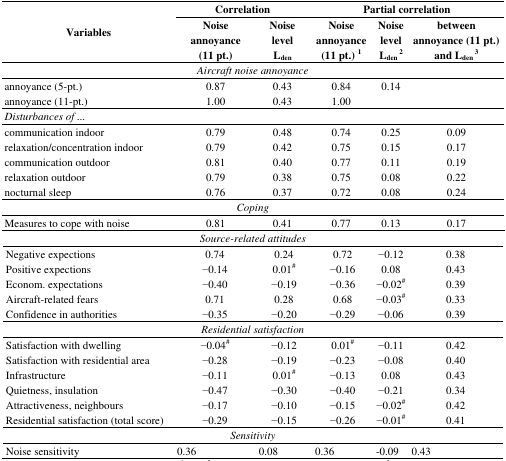
| <ROWSPAN=3> Variables | <COLSPAN=2> Correlation | <COLSPAN=3> Partial correlation |
 | Noise annoyance (11 pt.) | Noise level Lden | Noise annoyance (11 pt.)1 | Noise level Lden2 | between annoyance (11 pt.) and Lden3 |
 | --- | --- | --- | --- | --- | --- |
 | <COLSPAN=6> Aircraft noise annoyance |
 | annoyance (5-pt.) | 0.87 | 0.43 | 0.84 | 0.14 |  |
 | annoyance (11-pt.) | 1.00 | 0.43 | 1.00 |  |  |
 | <COLSPAN=6> Disturbances of... |
 | communication indoor | 0.79 | 0.48 | 0.74 | 0.25 | 0.09 |
 | relaxation/concentration indoor | 0.79 | 0.42 | 0.75 | 0.15 | 0.17 |
 | communication outdoor | 0.81 | 0.40 | 0.77 | 0.11 | 0.19 |
 | relaxation outdoor | 0.79 | 0.38 | 0.75 | 0.08 | 0.22 |
 | nocturnal sleep | 0.76 | 0.37 | 0.72 | 0.08 | 0.24 |
 | <COLSPAN=6> Coping |
 | Measures to cope with noise | 0.81 | 0.41 | 0.77 | 0.13 | 0.17 |
 | <COLSPAN=6> Source-related attitudes |
 | Negative expections | 0.74 | 0.24 | 0.72 | −0.12 | 0.38 |
 | Positive expections | −0.14 | 0.01# | −0.16 | 0.08 | 0.43 |
 | Econom. expectations | −0.40 | −0.19 | −0.36 | −0.02# | 0.39 |
 | Aircraft-related fears | 0.71 | 0.28 | 0.68 | −0.03# | 0.33 |
 | Confidence in authorities | −0.35 | −0.20 | −0.29 | −0.06 | 0.39 |
 | <COLSPAN=6> Residential satisfaction |
 | Satisfaction with dwelling | −0.04# | −0.12 | 0.01# | −0.11 | 0.42 |
 | Satisfaction with residential area | −0.28 | −0.19 | −0.23 | −0.08 | 0.40 |
 | Infrastructure | −0.11 | 0.01# | −0.13 | 0.08 | 0.43 |
 | Quietness, insulation | −0.47 | −0.30 | −0.40 | −0.21 | 0.34 |
 | Attractiveness, neighbours | −0.17 | −0.10 | −0.15 | −0.02# | 0.42 |
 | Residential satisfaction (total score) | −0.29 | −0.15 | −0.26 | −0.01# | 0.41 |
 | <COLSPAN=6> Sensitivity |
 | Noise sensitivity | 0.36 | 0.08 | 0.36 | −0.09 | 0.43 |